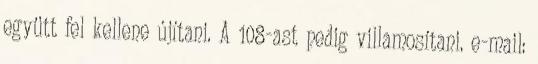
együtt fel kellene újítani. A 108-ast pedig villamosítani. e-mail: